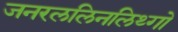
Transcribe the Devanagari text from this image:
जनरललिनलिथ्गो